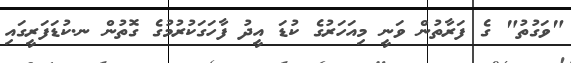
"ވަގުތު" ގެ ފަރާތުން ވަނީ މިއަހަރުގެ ކުޑަ އީދު ފާހަގަކުރުމުގެ ގޮތުން ނ.ކުޑަފަރީގައި